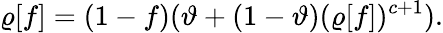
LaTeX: \varrho[f]=(1-f)(\vartheta+(1-\vartheta)(\varrho[f])^{c+1}).